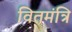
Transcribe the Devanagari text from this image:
वितमंत्रि